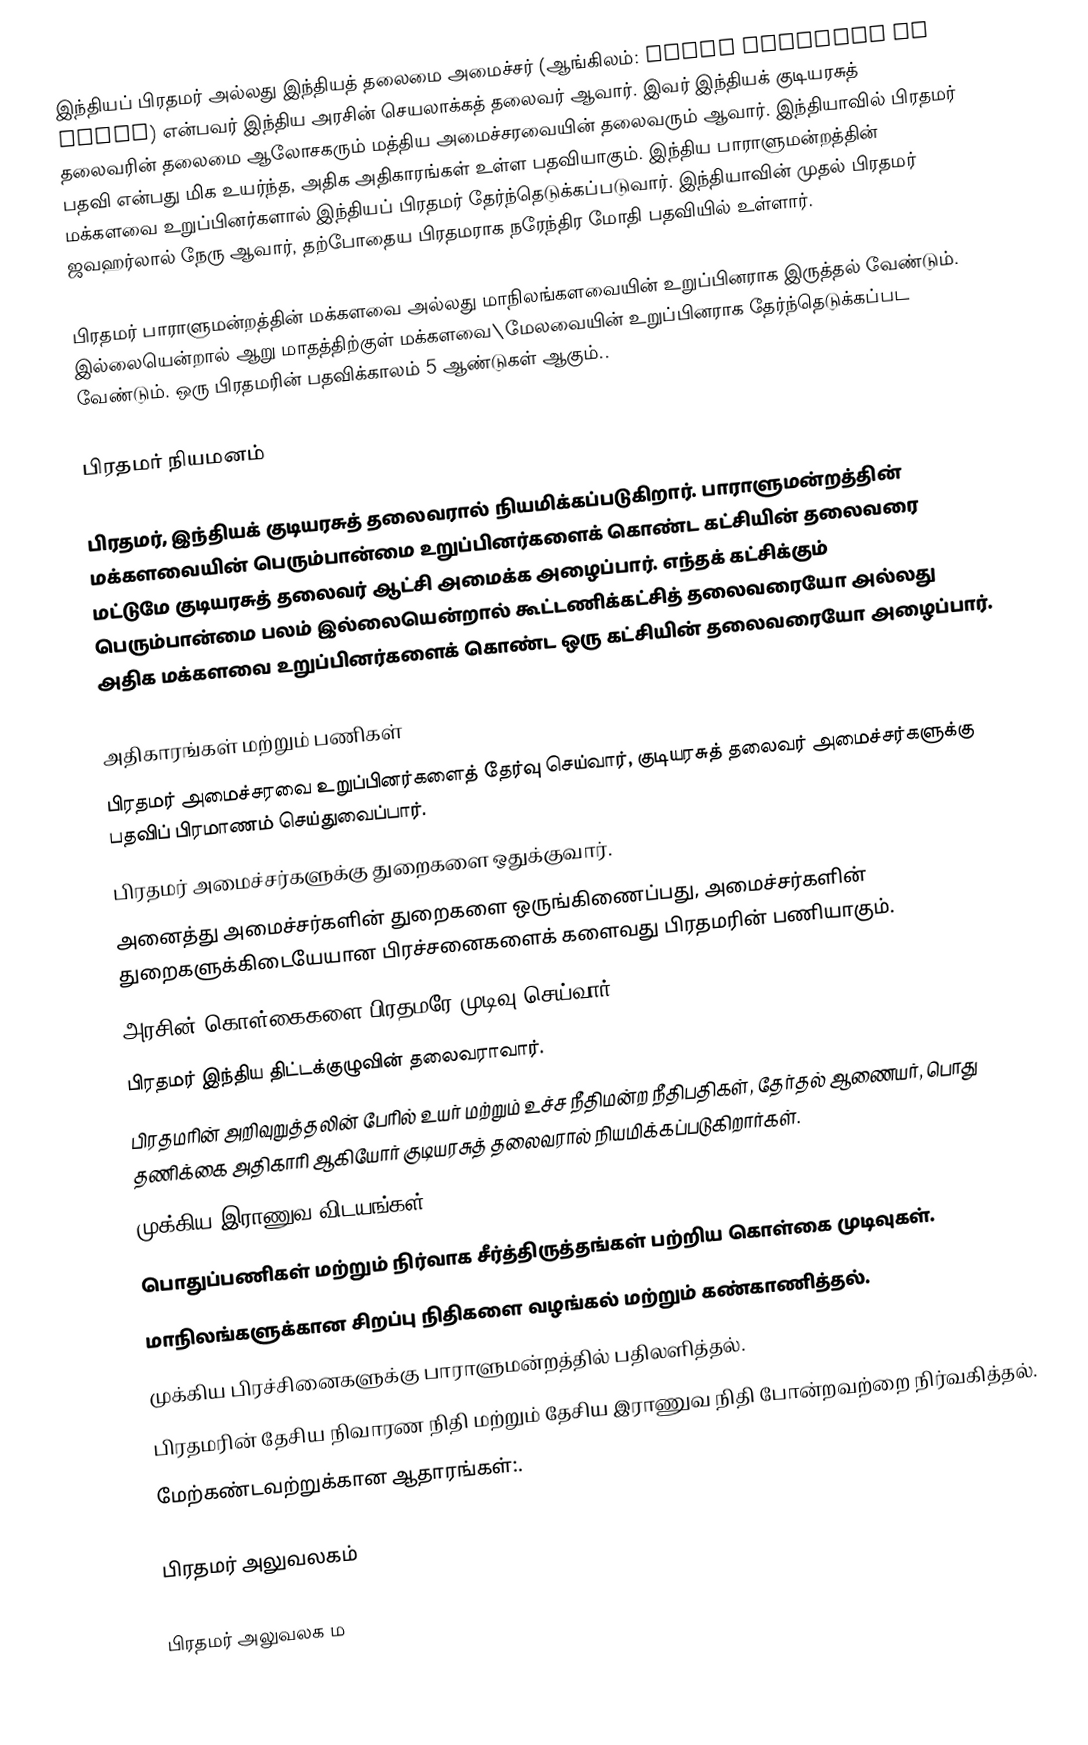
இந்தியப் பிரதமர் அல்லது இந்தியத் தலைமை அமைச்சர் (ஆங்கிலம்: Prime Minister of India) என்பவர் இந்திய அரசின் செயலாக்கத் தலைவர் ஆவார். இவர் இந்தியக் குடியரசுத் தலைவரின் தலைமை ஆலோசகரும் மத்திய அமைச்சரவையின் தலைவரும் ஆவார். இந்தியாவில் பிரதமர் பதவி என்பது மிக உயர்ந்த, அதிக அதிகாரங்கள் உள்ள பதவியாகும். இந்திய பாராளுமன்றத்தின் மக்களவை உறுப்பினர்களால் இந்தியப் பிரதமர் தேர்ந்தெடுக்கப்படுவார். இந்தியாவின் முதல் பிரதமர் ஜவஹர்லால் நேரு ஆவார், தற்போதைய பிரதமராக நரேந்திர மோதி பதவியில் உள்ளார்.

பிரதமர் பாராளுமன்றத்தின் மக்களவை அல்லது மாநிலங்களவையின் உறுப்பினராக இருத்தல் வேண்டும். இல்லையென்றால் ஆறு மாதத்திற்குள் மக்களவை\மேலவையின் உறுப்பினராக தேர்ந்தெடுக்கப்பட வேண்டும். ஒரு பிரதமரின் பதவிக்காலம் 5 ஆண்டுகள் ஆகும்..

பிரதமர் நியமனம்

பிரதமர், இந்தியக் குடியரசுத் தலைவரால் நியமிக்கப்படுகிறார். பாராளுமன்றத்தின் மக்களவையின் பெரும்பான்மை உறுப்பினர்களைக் கொண்ட கட்சியின் தலைவரை மட்டுமே குடியரசுத் தலைவர் ஆட்சி அமைக்க அழைப்பார். எந்தக் கட்சிக்கும் பெரும்பான்மை பலம் இல்லையென்றால் கூட்டணிக்கட்சித் தலைவரையோ அல்லது அதிக மக்களவை உறுப்பினர்களைக் கொண்ட ஒரு கட்சியின் தலைவரையோ அழைப்பார்.

அதிகாரங்கள் மற்றும் பணிகள்
 பிரதமர் அமைச்சரவை உறுப்பினர்களைத் தேர்வு செய்வார், குடியரசுத் தலைவர் அமைச்சர்களுக்கு பதவிப் பிரமாணம் செய்துவைப்பார்.
 பிரதமர் அமைச்சர்களுக்கு துறைகளை ஒதுக்குவார்.
 அனைத்து அமைச்சர்களின் துறைகளை ஒருங்கிணைப்பது, அமைச்சர்களின் துறைகளுக்கிடையேயான பிரச்சனைகளைக் களைவது பிரதமரின் பணியாகும்.
 அரசின் கொள்கைகளை பிரதமரே முடிவு செய்வார்.
 பிரதமர் இந்திய திட்டக்குழுவின் தலைவராவார்.
 பிரதமரின் அறிவுறுத்தலின் பேரில் உயர் மற்றும் உச்ச நீதிமன்ற நீதிபதிகள், தேர்தல் ஆணையர், பொது தணிக்கை அதிகாரி ஆகியோர் குடியரசுத் தலைவரால் நியமிக்கப்படுகிறார்கள்.
 முக்கிய இராணுவ விடயங்கள்.
 பொதுப்பணிகள் மற்றும் நிர்வாக சீர்த்திருத்தங்கள் பற்றிய கொள்கை முடிவுகள்.
 மாநிலங்களுக்கான சிறப்பு நிதிகளை வழங்கல் மற்றும் கண்காணித்தல்.
 முக்கிய பிரச்சினைகளுக்கு பாராளுமன்றத்தில் பதிலளித்தல்.
 பிரதமரின் தேசிய நிவாரண நிதி மற்றும் தேசிய இராணுவ நிதி போன்றவற்றை நிர்வகித்தல்.
 மேற்கண்டவற்றுக்கான ஆதாரங்கள்:.

பிரதமர் அலுவலகம்

பிரதமர் அலுவலக ம